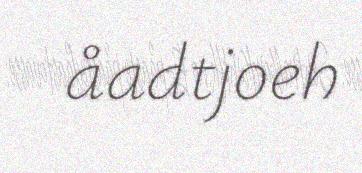
åadtjoeh